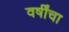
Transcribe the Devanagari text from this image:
वर्षींचा